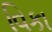
વિકા